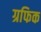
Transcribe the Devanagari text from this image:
ग्रफिक